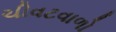
ચીવટવાળો